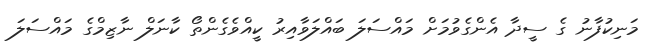
މަނިކުފާނު ގެ ސީދާ އެންގެވުމަށް މައްސަލަ ބައްލަވާއިރު ކީއްވެގެންތޯ ކާނަލް ނާޒިމްގެ މައްސަލަ